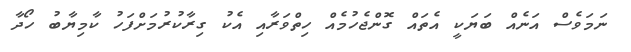
ނަމަވެސް އަނެއް ބަޔަކީ އެތައް ގޮންޖެހުމެއް ހިތްވަރާއި އެކު ގިރާކުރުމަށްފަހު ކާމިޔާބު ހޯދާ